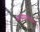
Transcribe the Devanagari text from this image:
आयुष्यालाच